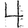
Digit: 4